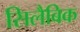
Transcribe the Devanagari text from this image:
सिलैबिक